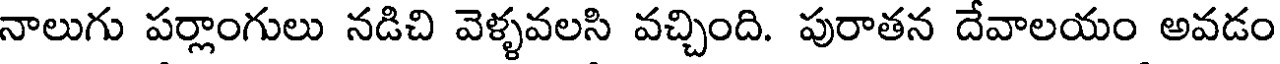
నాలుగు పర్లాంగులు నడిచి వెళ్ళవలసి వచ్చింది. పురాతన దేవాలయం అవడం